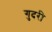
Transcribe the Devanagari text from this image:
गुदरी